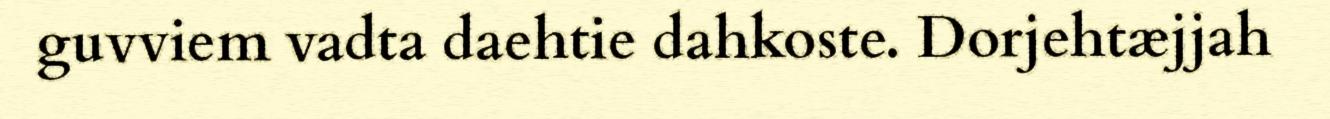
guvviem vadta daehtie dahkoste. Dorjehtæjjah